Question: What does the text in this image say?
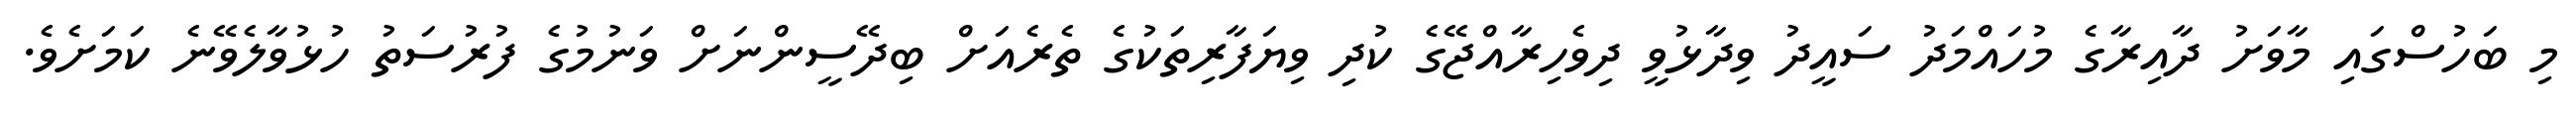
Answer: މި ބަހުސްގައި މާވަށު ދާއިރާގެ މުހައްމަދު ސައީދު ވިދާޅުވީ ދިވެހިރާއްޖޭގެ ކުދި ވިޔަފާރިތަކުގެ ތެރެއަށް ބިދޭސީންނަށް ވަނުމުގެ ފުރުސަތު ހުޅުވާލެވޭނެ ކަމަށެވެ.